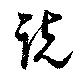
説